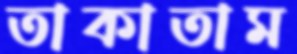
তাকাতাম